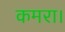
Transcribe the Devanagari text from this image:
कमरा।